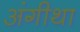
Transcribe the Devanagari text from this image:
अंगीथा